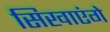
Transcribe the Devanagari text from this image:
सिखाएंगे